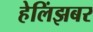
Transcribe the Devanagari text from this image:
हेलिंझबर